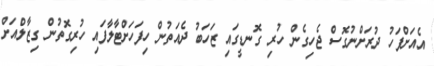
އެއަށްފަހު ދުރަށްނުގޮސް ޖެހިގެން ހުރި ގޮނޑީގައި ޒަހަބު ދެއަތުން ހިފަހަށްޓާލާފައި ހުރިގޮތުން ގިޒާލްއަށް